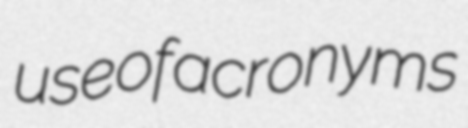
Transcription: use of acronyms